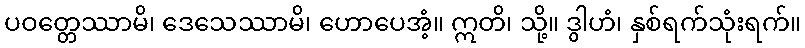
ပဝတ္တေဿာမိ၊ ဒေသေဿာမိ၊ ဟောပေအံ့။ ဣတိ၊ သို့။ ဒွါဟံ၊ နှစ်ရက်သုံးရက်။